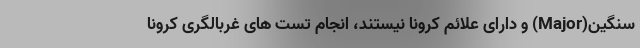
سنگین(Major) و دارای علائم کرونا نیستند، انجام تست های غربالگری کرونا